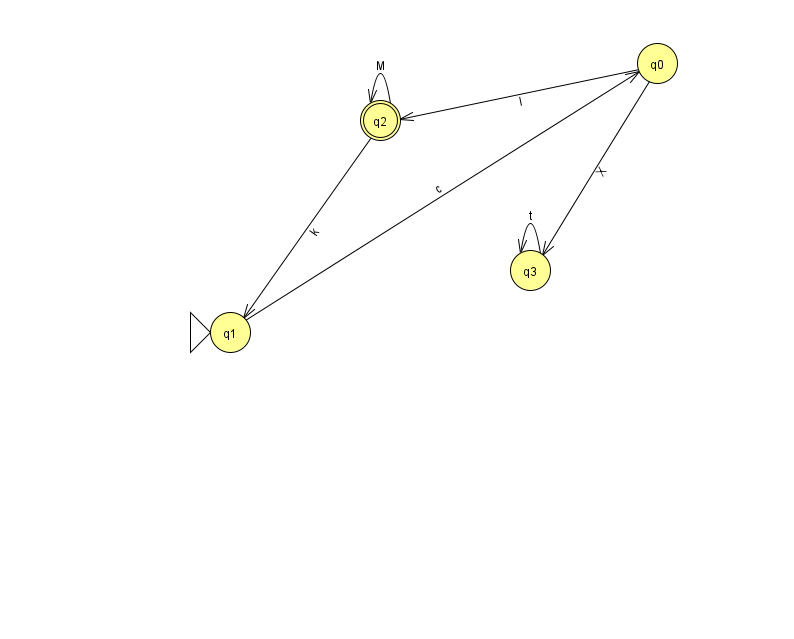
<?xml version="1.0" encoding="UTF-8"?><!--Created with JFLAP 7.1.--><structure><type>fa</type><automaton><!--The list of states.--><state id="0" name="q0"><x>657.0</x><y>50.0</y></state><state id="1" name="q1"><x>230.0</x><y>319.0</y><initial/></state><state id="2" name="q2"><x>380.0</x><y>107.0</y><final/></state><state id="3" name="q3"><x>530.0</x><y>257.0</y></state><!--The list of transitions.--><transition><from>2</from><to>1</to><read>k</read></transition><transition><from>1</from><to>0</to><read>c</read></transition><transition><from>0</from><to>3</to><read>X</read></transition><transition><from>3</from><to>3</to><read>t</read></transition><transition><from>0</from><to>2</to><read>l</read></transition><transition><from>2</from><to>2</to><read>M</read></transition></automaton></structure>